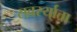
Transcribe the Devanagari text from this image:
सवर्स्यात्ता